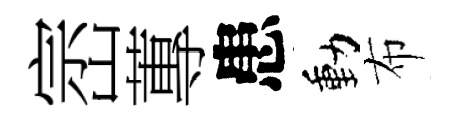
崈蓴患動布